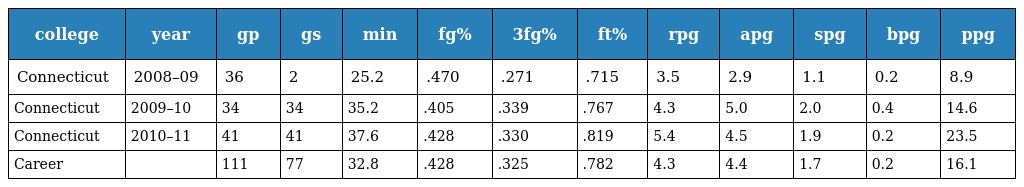
| college | year | gp | gs | min | fg% | 3fg% | ft% | rpg | apg | spg | bpg | ppg |
 | --- | --- | --- | --- | --- | --- | --- | --- | --- | --- | --- | --- | --- |
 | Connecticut | 2008–09 | 36 | 2 | 25.2 | .470 | .271 | .715 | 3.5 | 2.9 | 1.1 | 0.2 | 8.9 |
 | Connecticut | 2009–10 | 34 | 34 | 35.2 | .405 | .339 | .767 | 4.3 | 5.0 | 2.0 | 0.4 | 14.6 |
 | Connecticut | 2010–11 | 41 | 41 | 37.6 | .428 | .330 | .819 | 5.4 | 4.5 | 1.9 | 0.2 | 23.5 |
 | Career |  | 111 | 77 | 32.8 | .428 | .325 | .782 | 4.3 | 4.4 | 1.7 | 0.2 | 16.1 |